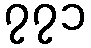
၇၇၁